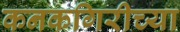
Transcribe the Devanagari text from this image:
कनकगिरीच्या